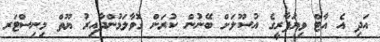
އަދި އެ އާޓް ވިޔަފާރީގެ އުސޫލަށް ބޭނުން ކުރަން ގޮވާލަމުންދާއިރު ޔޫތް މިނިސްޓަރ